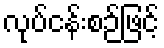
လုပ်ငန်းစဉ်ဖြင့်